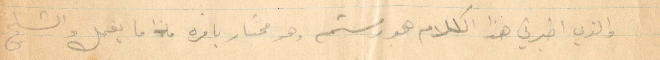
والذي اخبرني هذا الكلام هو رستم وهو محتار بامره ما يفعل والشيخ